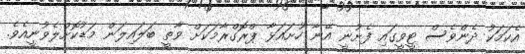
އެކަމަކު ދެންވެސް ޓީވީގައި ފެށުނީ އޭނާ ހުށައަޅާ ޕްރޮގްރާމަކަށް ވާތީ ބަލައިލަން މަޑުކޮށްލެވުނީއެވެ.